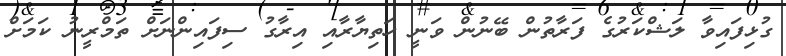
ގުޅިފައިވާ ލަޝްކަރުގެ ފަރާތުން ބޭނުން ވަނީ ހަތިޔާރާއި އިރާގު ސިފައިންނަށް ތަމްރީނު ކަމަށް